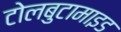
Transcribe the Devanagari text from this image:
टोलबुटामाइड